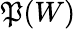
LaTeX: \mathfrak{P}(W)